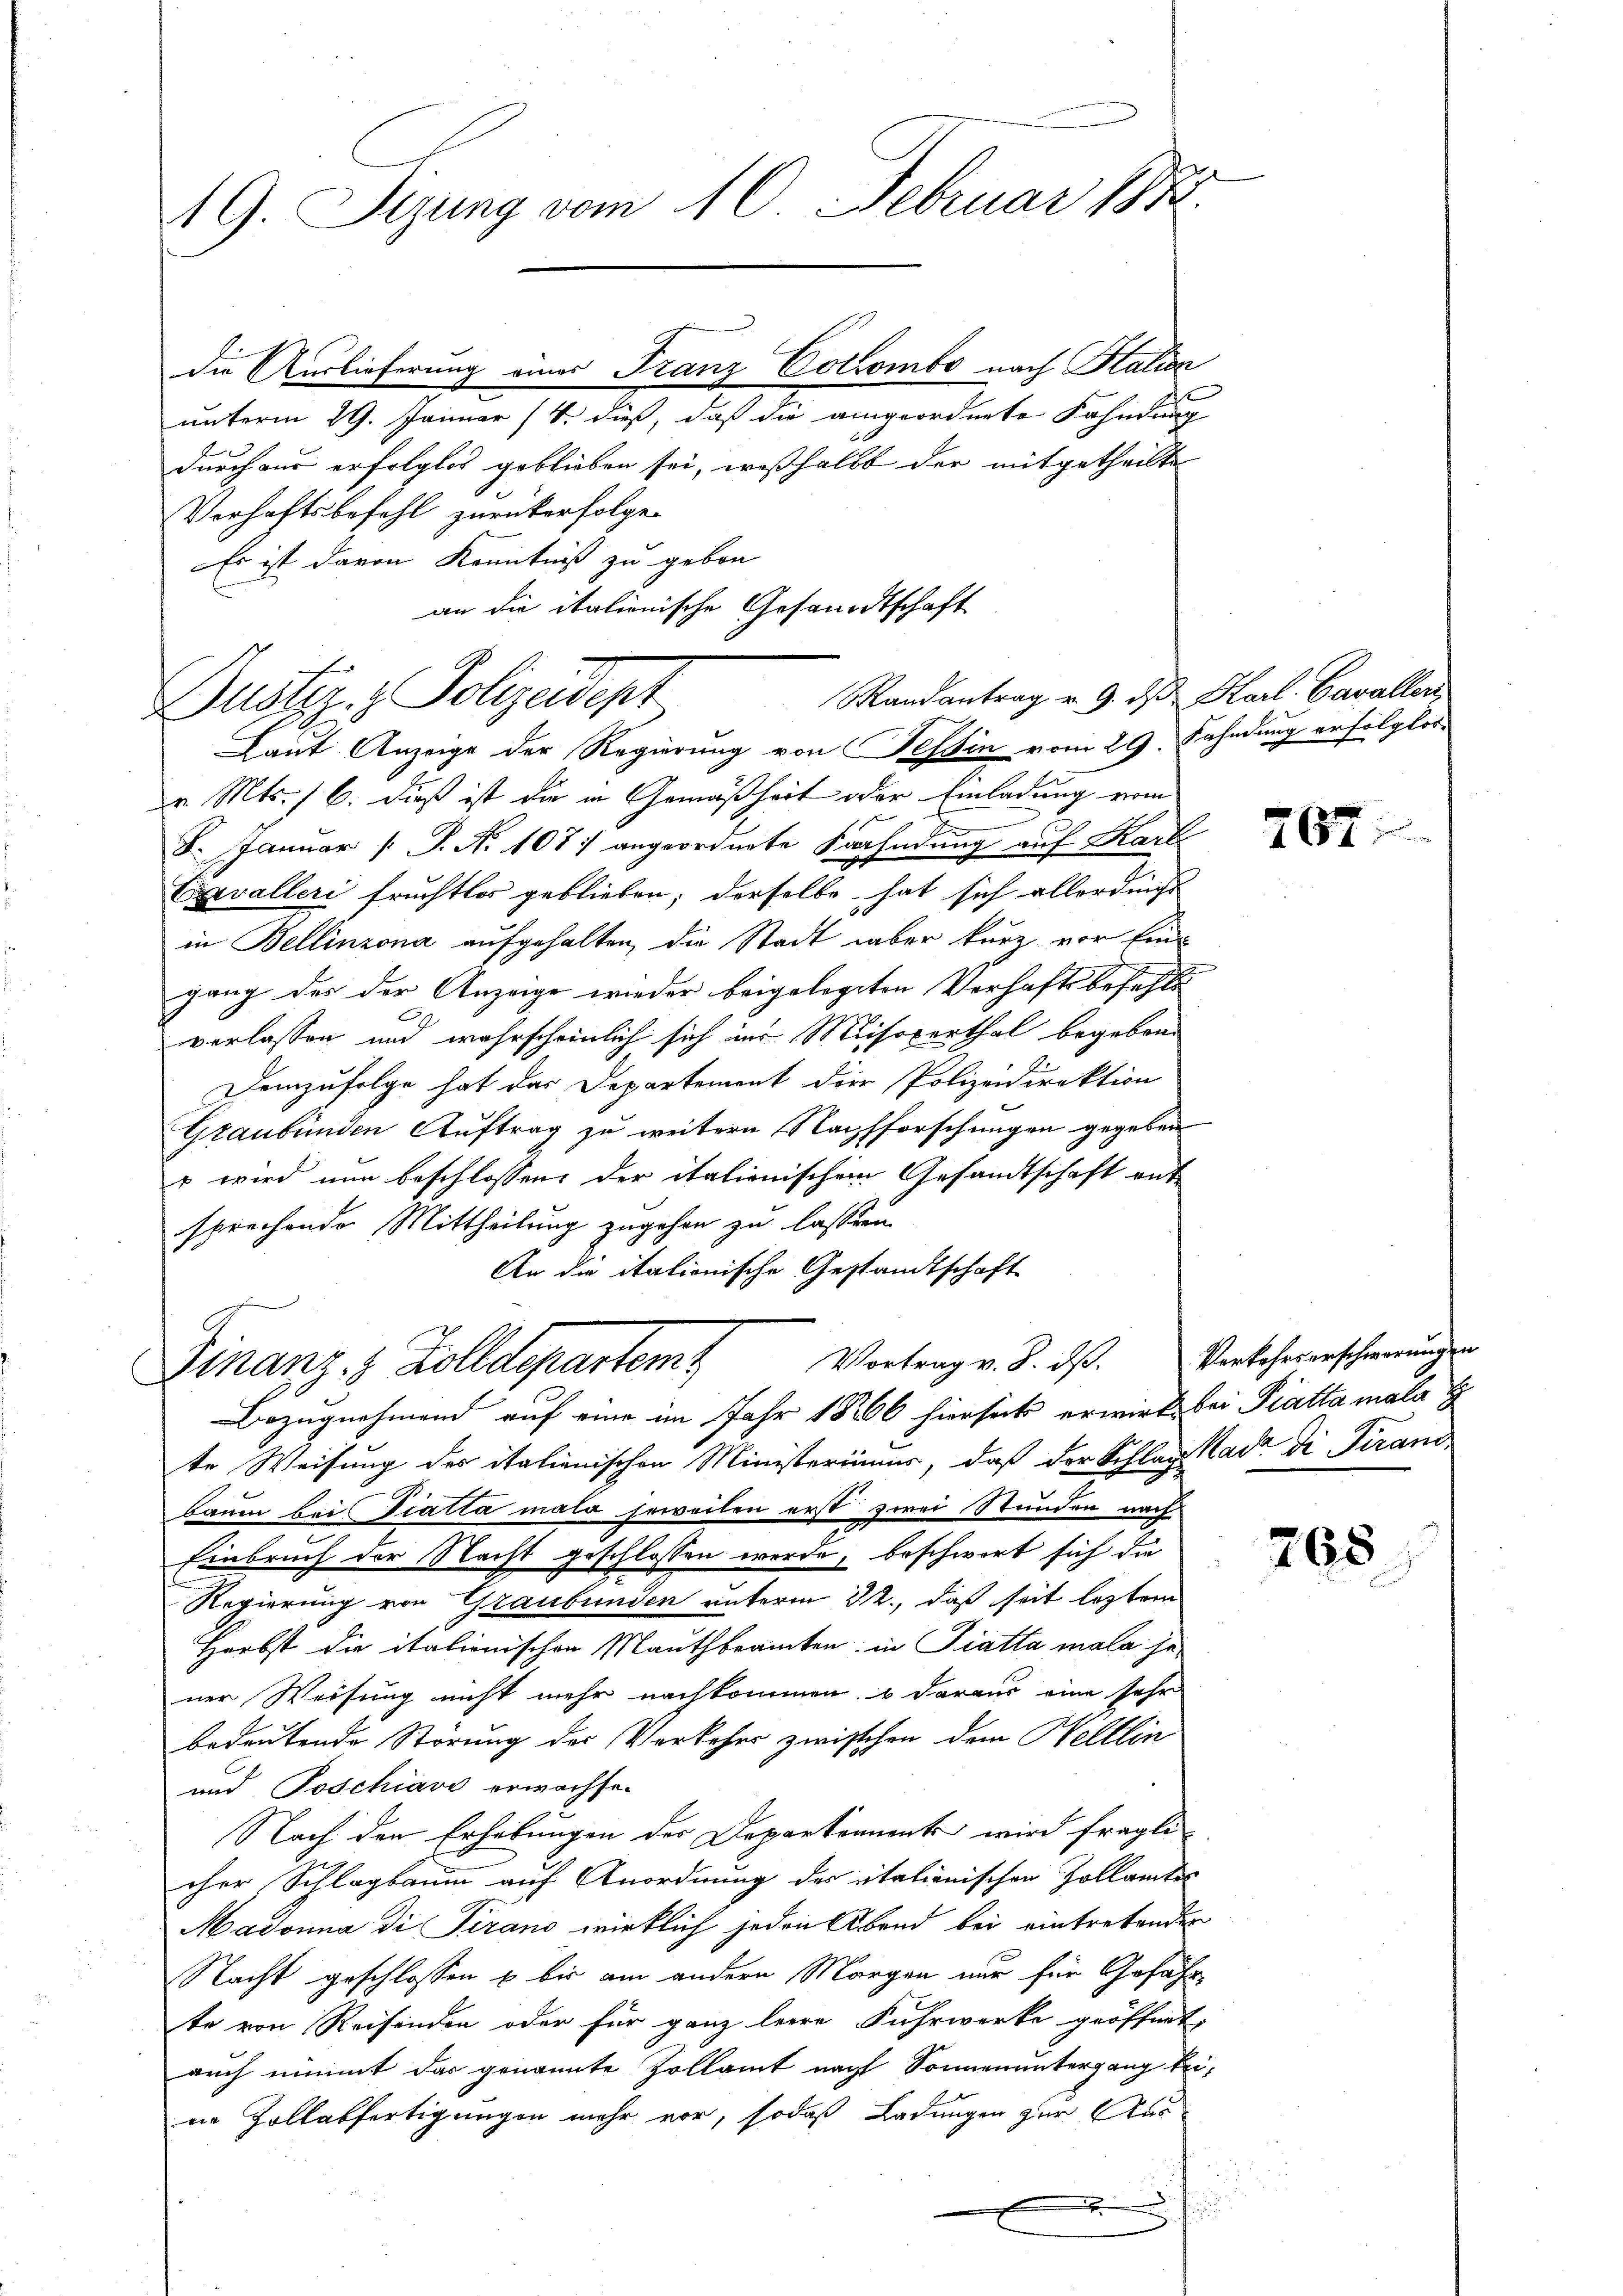
die Auslieferung eines Franz Cottombe nach Italien
unterm 29. Januar (S. dieß, daß die angeordnete Fahndung
durch aus erfolglos geblieben sei, wesshalb der mitgetheilte
Verhaftsbefehl zurückerfolgen
Es ist davon Kenntniß zu gebor
an die italienische Gesandtschaft

19. Sizung vom 10. Februar 188

Randantrag v. 9. ds. Karl. Cavaller
Dustiz & Polizeidept

Laut Anzeige der Regierung von Tessin vom 29. Fahndung erfolglosv. Mts. 16. dieß ist die in Gemäßheit oder Einladung vom
F. Januar [ P. N. 107) angeordnete Fahndung auf Karl
Exevalleri fruchtlos geblieben; derselbe hat sich allerdings
in Bellinzona aufgehalten, die Stadt aber kurz vor Eingang des der Anzeige wieder beigelegten Verhaftsbefehls
verlassen und wahrscheinlich sich in Misoxerthal begeben.
Demzufolge hat das Departement die Polizeidirektion
Graubünden Auftrag zu weitern Nachsforschungen gegeben
 wird nun beschlossens der italienischem Gesandtschaft aut
sprechende Mittheilung zugehen zu lassen.
An die italionische Gestandtschaft
Finanz- & Zolldepartem Vortrag v. 3. ds. Verkehrserschwerungen
Bezugnahmend auf eine im Jahr 18206 hierseits erwirt bei Platta mala
te Weisung des italienischen Ministerium, daß der Schlag Kade di Pirani
Baum bei Tratta mala jeweilen erst zwei Stunden nach
Einbruch der Nacht geschlossen werde, beschwort sich die
2
Regierung von Graubünden unterm 22., daß seit leztem
Herbst die italienischen Mauthbeamten in Fiatta mala se
ner Weisung nicht mehr nachkommen & daraus eine sehr
bedeutende Störung des Verkehrs zwischen dem Weltlin
und Poschiavi erwachse-
Nach der Erhebungen der Departements wird fragli
cher Schlagbaum auf Anordnung des italienischen Zollamtes
Madonna di Pirano wirklich jeden Abend bei eintretenden
Nacht geschlossen u bis am andern Morgen nur für Gefähr
te von Reisenden oder für ganz leere Fuhrwerke geöffnet.
auch nimmt das genannte Zollamt nach Sonnenuntergang beine Zollabfertigungen mehr vor, sodaß Ladungen zur Aus¬

J

767;

268